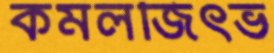
কমলজিৎভ